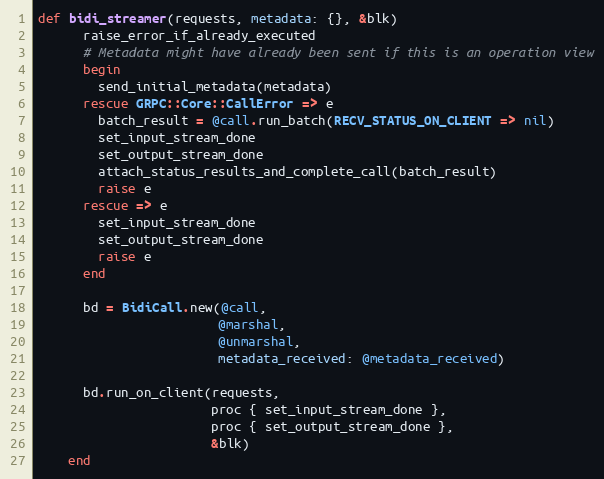
Language: Ruby
def bidi_streamer(requests, metadata: {}, &blk)
      raise_error_if_already_executed
      # Metadata might have already been sent if this is an operation view
      begin
        send_initial_metadata(metadata)
      rescue GRPC::Core::CallError => e
        batch_result = @call.run_batch(RECV_STATUS_ON_CLIENT => nil)
        set_input_stream_done
        set_output_stream_done
        attach_status_results_and_complete_call(batch_result)
        raise e
      rescue => e
        set_input_stream_done
        set_output_stream_done
        raise e
      end

      bd = BidiCall.new(@call,
                        @marshal,
                        @unmarshal,
                        metadata_received: @metadata_received)

      bd.run_on_client(requests,
                       proc { set_input_stream_done },
                       proc { set_output_stream_done },
                       &blk)
    end